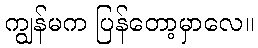
ကျွန်မက ပြန်တော့မှာလေ။